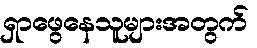
ရှာဖွေနေသူများအတွက်